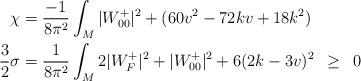
LaTeX: \begin{align*}\chi &= \frac{-1}{8\pi^2} \int_M |W_{00}^+|^2+(60v^2-72 kv + 18k^2)\\\frac{3}{2}\sigma &= \frac{1}{8\pi^2} \int_M 2|W_F^+|^2 + |W_{00}^+|^2 + 6(2k-3v)^2 \enskip\geq\enskip 0\end{align*}